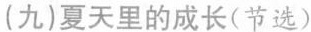
(九)夏天里的成长(节选)